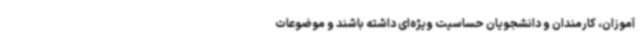
آموزان، کارمندان و دانشجویان حساسیت ویژه‌ای داشته باشند و موضوعات